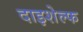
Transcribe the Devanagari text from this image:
दाइशेल्फ